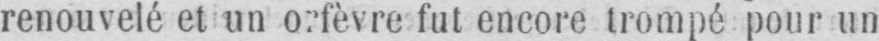
fut encore trompé pour un